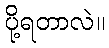
ပို့ရတာလဲ။